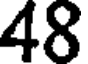
48